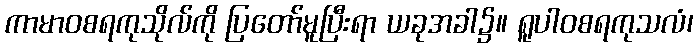
ကာမာဝစရကုသိုလ်ကို ပြတော်မူပြီးရာ ယခုအခါ၌။ ရူပါဝစရကုသလံ၊